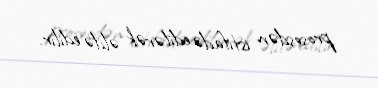
prosesdən istifadə edilərək əldə edilir.